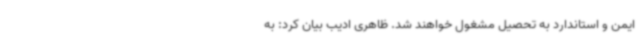
ایمن و استاندارد به تحصیل مشغول خواهند شد. ظاهری ادیب بیان کرد: به